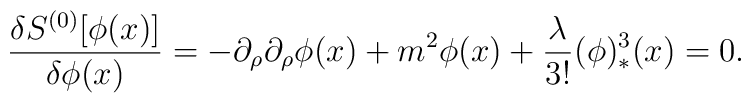
{\delta S^{(0)}[\phi(x)] \over \delta\phi(x)}= -\partial_\rho\partial_\rho\phi(x)+m^2\phi(x)+ {\lambda\over3!}(\phi)_*^3(x)=0.